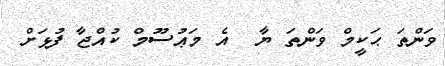
ވަންތަ ޙަކީމް ވަންތަ ޔާ  އެ މަޢުސޫމް ކުއްޖާ ފުޅަށް